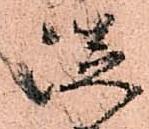
従